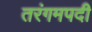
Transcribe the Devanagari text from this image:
तरंगमपदी